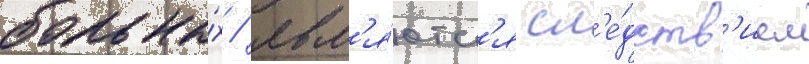
больны́х / явл'я́ютс'я сл'е́дств'ием